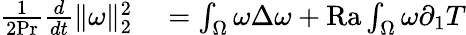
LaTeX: \begin{array}{rl}{\frac{1}{2\mathrm{{Pr}}}\frac{d}{dt}\| \omega\| _{2}^{2}}&{{}=\int_{\Omega}\omega\Delta\omega+\mathrm{{Ra}}\int_{\Omega}\omega\partial_{1}T}\end{array}